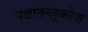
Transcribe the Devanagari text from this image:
पश्चातग्लूकोज